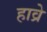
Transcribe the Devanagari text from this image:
हाव्रे